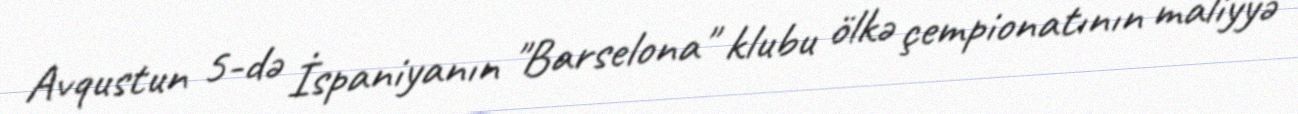
Avqustun 5-də İspaniyanın "Barselona" klubu ölkə çempionatının maliyyə